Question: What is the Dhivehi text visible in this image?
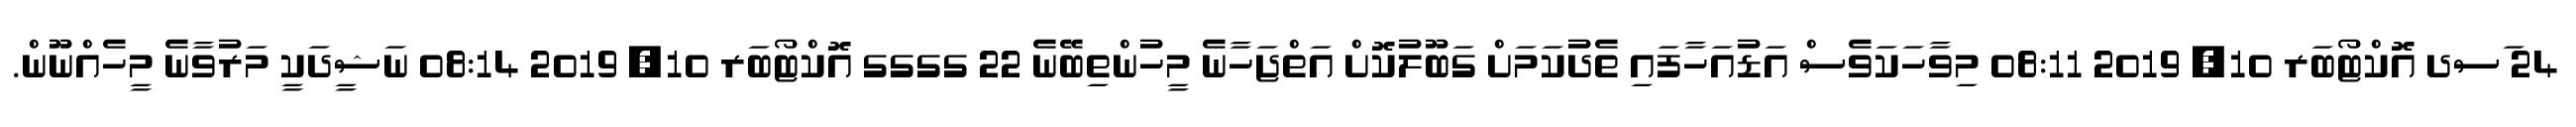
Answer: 24 ަސދ އޮކްޓޯބަރ 10, 2019 08:11 މިވާހަކަވެސް އަޑުއަހާފައި ތެދުކަމަށް ގަބޫލުކޮށް އަތްޖަހާނެ މީހުންތިބޭނެ 22 ގގގގ އޮކްޓޯބަރ 10, 2019 08:14 ނަޝީދަކީ މަރުވާނެ މީހެއްނޫން.